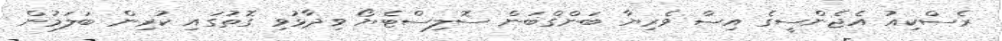
ރެސްކިއު އެޖެންސީގެ އިސް ވެރިޔާ ބަންގްބަން ސޮލިސްޓެޔޯ ވިދާޅުވި ގޮތުގައި ކުރިން ބަލަމުން